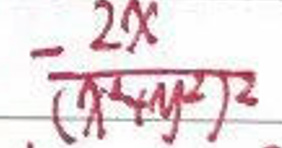
$= \frac{2x}{(x^2 + y^2)^2}$